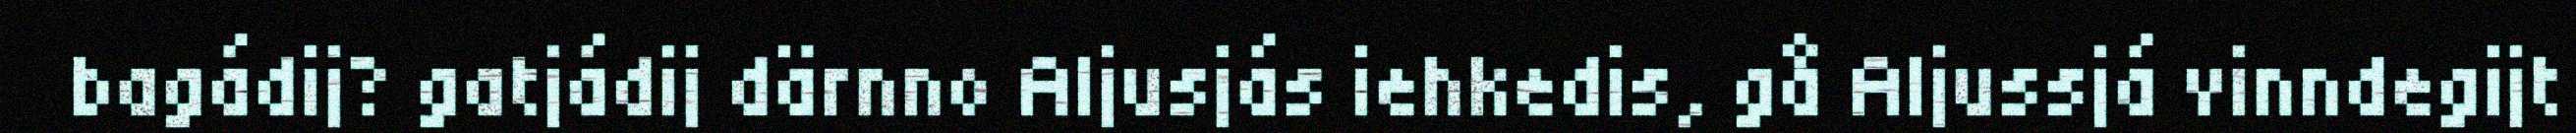
bagádij? gatjádij därnno Aljusjás iehkedis, gå Aljussjá vinndegijt